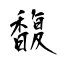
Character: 馥